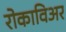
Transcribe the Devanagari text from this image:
रोकाविअर